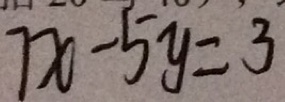
7 x - 5 y = 3